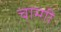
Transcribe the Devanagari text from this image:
चाम्गी